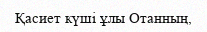
Қасиет күші ұлы Отанның,